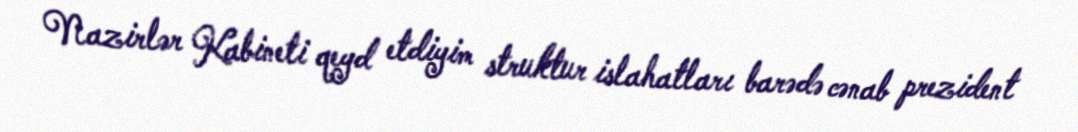
Nazirlər Kabineti qeyd etdiyim struktur islahatları barədə cənab prezident